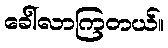
ခေါ်လာကြတယ်။